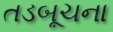
તડબૂચના